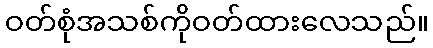
ဝတ်စုံအသစ်ကိုဝတ်ထားလေသည်။